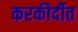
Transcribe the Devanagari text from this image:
करकीर्दीत